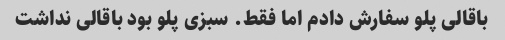
باقالی پلو سفارش دادم اما فقط. سبزی پلو بود باقالی نداشت